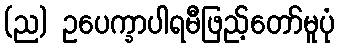
(ည) ဥပေက္ခာပါရမီဖြည့်တော်မူပုံ